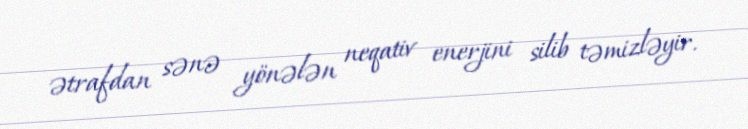
ətrafdan sənə yönələn neqativ enerjini silib təmizləyir.